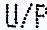
U/P